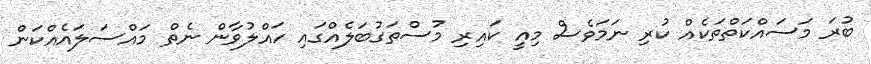
ބުރަ މަސައްކަތްތަކެއް ކުރި ނަމަވެސް މިއީ ކައިރި މުސްތަގުބަލެއްގައި ހައްލުވާން ނެތް މައްސަލައެއްކަން